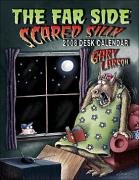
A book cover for The Far Side Â® Scared Silly: 2008 Desk Calendar; Gary Larson; Calendars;